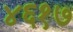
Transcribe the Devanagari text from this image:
४६१७